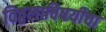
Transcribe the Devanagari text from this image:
विठ्ठलाविषयीचा